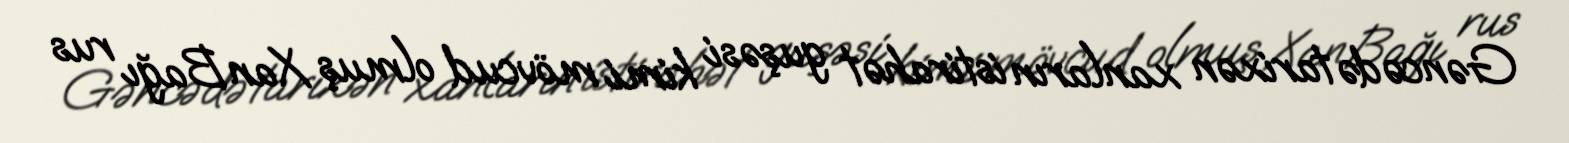
Gəncədə tarixən xanların istirahət guşəsi kimi mövcud olmuş Xan Bağı rus